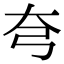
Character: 𡗝